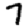
Digit: 7